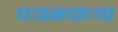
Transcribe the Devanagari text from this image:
घडाळ्याच्या